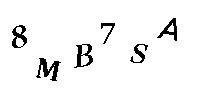
8MB7SA